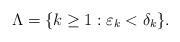
LaTeX: \begin{align*}\Lambda=\{k\geq1: \varepsilon_k<\delta_k\}.\end{align*}